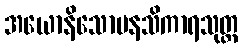
အယောနိသောမနသိကာရသုတ္တ